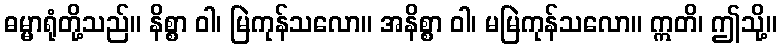
ဓမ္မာရုံတို့သည်။ နိစ္စာ ဝါ၊ မြဲကုန်သလော။ အနိစ္စာ ဝါ၊ မမြဲကုန်သလော။ ဣတိ၊ ဤသို့။